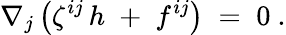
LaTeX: \nabla_{j}\left(\zeta^{ij}\, h\; +\; f^{ij}\right)\; =\; 0\ .